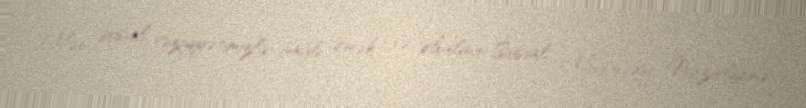
Mən sosial vəziyyətimizlə bağlı Əmək və Əhalinin Sosial Müdafiəsi Nazirliyinə